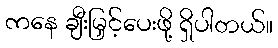
ကနေ ချီးမြှင့်ပေးဖို့ ရှိပါတယ်။